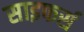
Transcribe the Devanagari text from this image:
साइफर्स